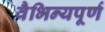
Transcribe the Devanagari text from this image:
वैभिन्यपूर्ण